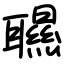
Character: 䏉